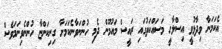
އެކަމަނާ ވިދާޅުވީ އިސްލާހީ މަސައްކަތުގައި ރައީސް މައުމޫން ދެމި ހުންނަވާނެކަމަށާ ގިނިކަންޏާ ހުންނެވިނަމަވެސް